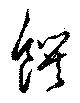
饌